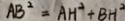
A B ^ { 2 } = A H ^ { 2 } + B H ^ { 2 }